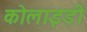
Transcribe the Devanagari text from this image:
कोलाइडी